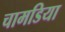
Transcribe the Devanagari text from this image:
चामडिया